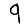
Digit: 9